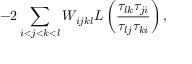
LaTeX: - 2 \sum _ { i < j < k < l } W _ { i j k l } L \left( \frac { \tau _ { l k } \tau _ { j i } } { \tau _ { l j } \tau _ { k i } } \right) ,